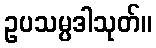
ဥပသမ္ပဒါသုတ်။